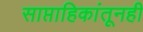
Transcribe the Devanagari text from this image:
साप्ताहिकांतूनही